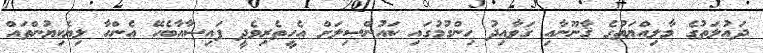
ދައުލަތުގެ މާލިއްޔަތުގެ ޤާނޫނާއި ގަވާއިދު ހިންގުމުގައި ކައުންސިލަށް އެހީތެރިވެދީ ފައިސާއާބެހޭ އެންހާ ލިޔެކިޔުންތައް